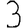
Digit: 3